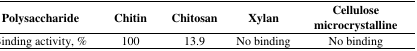
<table><thead><tr><td><b>Polysaccharide</b></td><td><b>Chitin</b></td><td><b>Chitosan</b></td><td><b>Xylan</b></td><td><b>Cellulose microcrystalline</b></td></tr></thead><tbody><tr><td>Binding activity, %</td><td>100</td><td>13.9</td><td>No binding</td><td>No binding</td></tr></tbody></table>